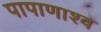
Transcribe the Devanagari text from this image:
पापाणाश्व